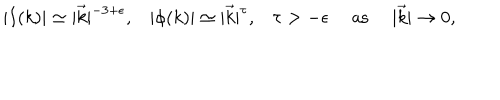
LaTeX: \begin{array} { c c c c c } { { | I ( k ) | \simeq | \vec { k } | ^ { - 3 + \epsilon } , } } & { { | \phi ( k ) | \simeq | \vec { k } | ^ { \tau } , } } & { { \tau > - \epsilon } } & { { \mathrm { \ a s \ } } } & { { | \vec { k } | \rightarrow 0 , } } \\ \end{array}